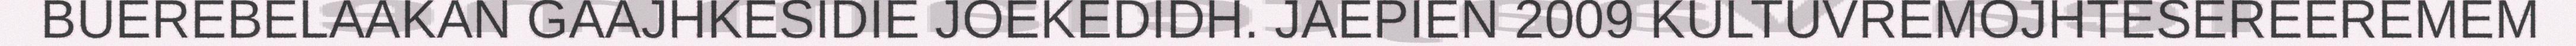
BUEREBELAAKAN GAAJHKESIDIE JOEKEDIDH. JAEPIEN 2009 KULTUVREMOJHTESEREEREMEM